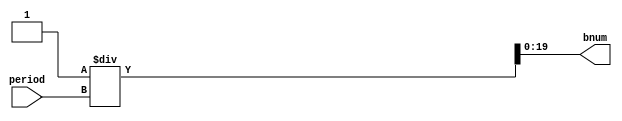
module OutputFrequency(
    input [19:0]period,
    output [19:0]bnum
);


assign bnum = 1 / period;
endmodule